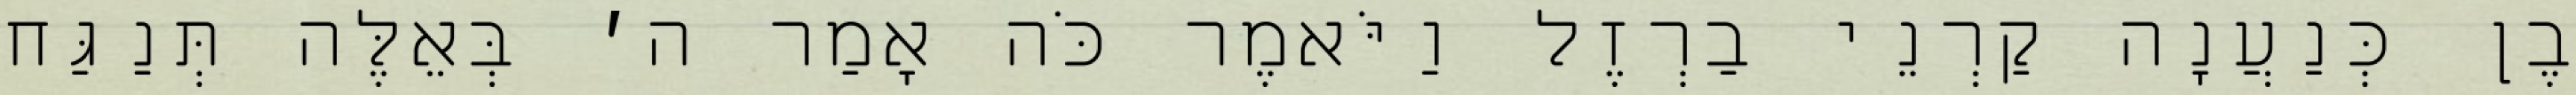
בֶן כְּנַעֲנָה קַרְנֵי בַרְזֶל וַיֹּאמֶר כֹּה אָמַר ה׳ בְּאֵלֶּה תְּנַגַּח